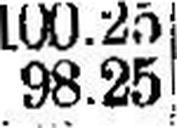
98.25